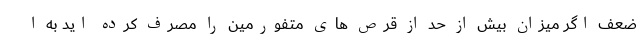
ضعف اگر میزان بیش از حد از قرص های متفورمین را مصرف کرده اید به ا